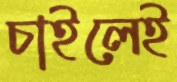
চাইলেই